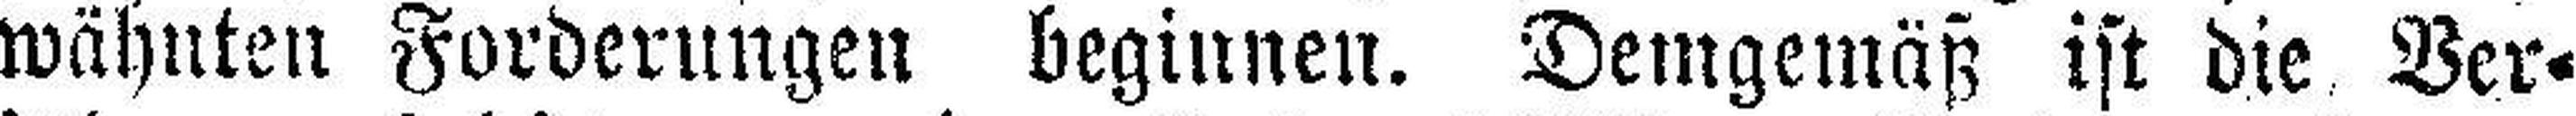
wähnten Forderungen beginnen. Demgemäß ist die Ver¬